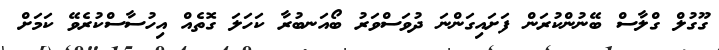
ގޫގުލް ގްލާސް ބޭނުންކުރަން ފަށައިގަންނަ ދުވަސްވަރު ބޯއަނބުރާ ކަހަލަ ގޮތެއް އިހުސާސްކުރެވޭ ކަމަށް